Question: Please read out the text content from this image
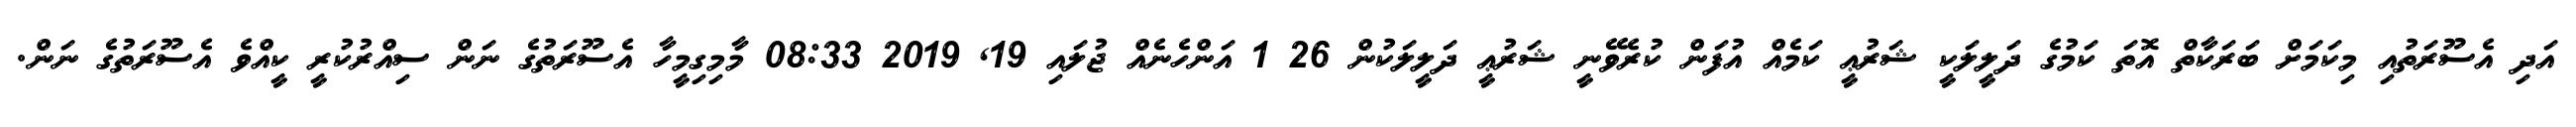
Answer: އަދި އެސޫރަތުއި މިކަމަށް ބަރަކާތް އޮތަ ކަމުގެ ދަލީލަކީ ޝަރުޢީ ކަމެއް އުފަން ކުރެވޭނީ ޝަރުޢީ ދަލީލަކުން 26 1 އަންހެނެއް ޖުލައި 19, 2019 08:33 މާމިގިމީހާ އެސޫރަތުގެ ނަން ސިއްރުކުރީ ކީއްވެ އެސޫރަތުގެ ނަން.